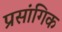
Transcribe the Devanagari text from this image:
प्रसांगिक